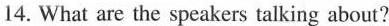
14. What are the speakers talking about?